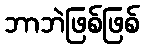
ဘာဘဲဖြစ်ဖြစ်